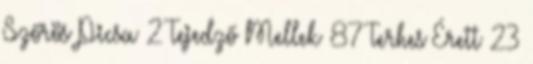
Szőrös Picsa 2 Tejedző Mellek 87 Terhes Érett 23